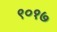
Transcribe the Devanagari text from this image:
९०१७